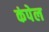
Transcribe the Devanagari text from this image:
कंपेल